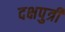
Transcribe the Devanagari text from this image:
दक्षपुत्री